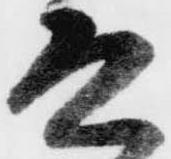
そ